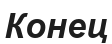
Конец